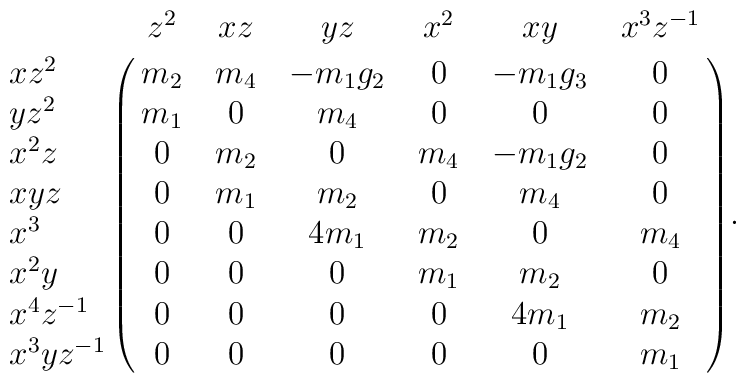
\bordermatrix{           & z^2 & xz  & yz       & x^2 & xy       &x^3z^{-1}\cr              xz^2       & m_2 & m_4 & -m_1 g_2 & 0   & -m_1 g_3 & 0\cr              yz^2       & m_1 & 0   & m_4      & 0   & 0        & 0\cr              x^2z       & 0   & m_2 & 0        & m_4 & -m_1g_2  & 0   \cr              xyz        & 0   & m_1 & m_2      & 0   & m_4      & 0   \cr              x^3        & 0   & 0   & 4m_1     & m_2 & 0        & m_4\cr              x^2y       & 0   & 0   & 0        & m_1 & m_2      & 0\cr              x^4z^{-1}  & 0   & 0   & 0        & 0   & 4m_1     & m_2\cr              x^3yz^{-1} & 0   & 0   & 0        & 0   & 0        & m_1\cr }.